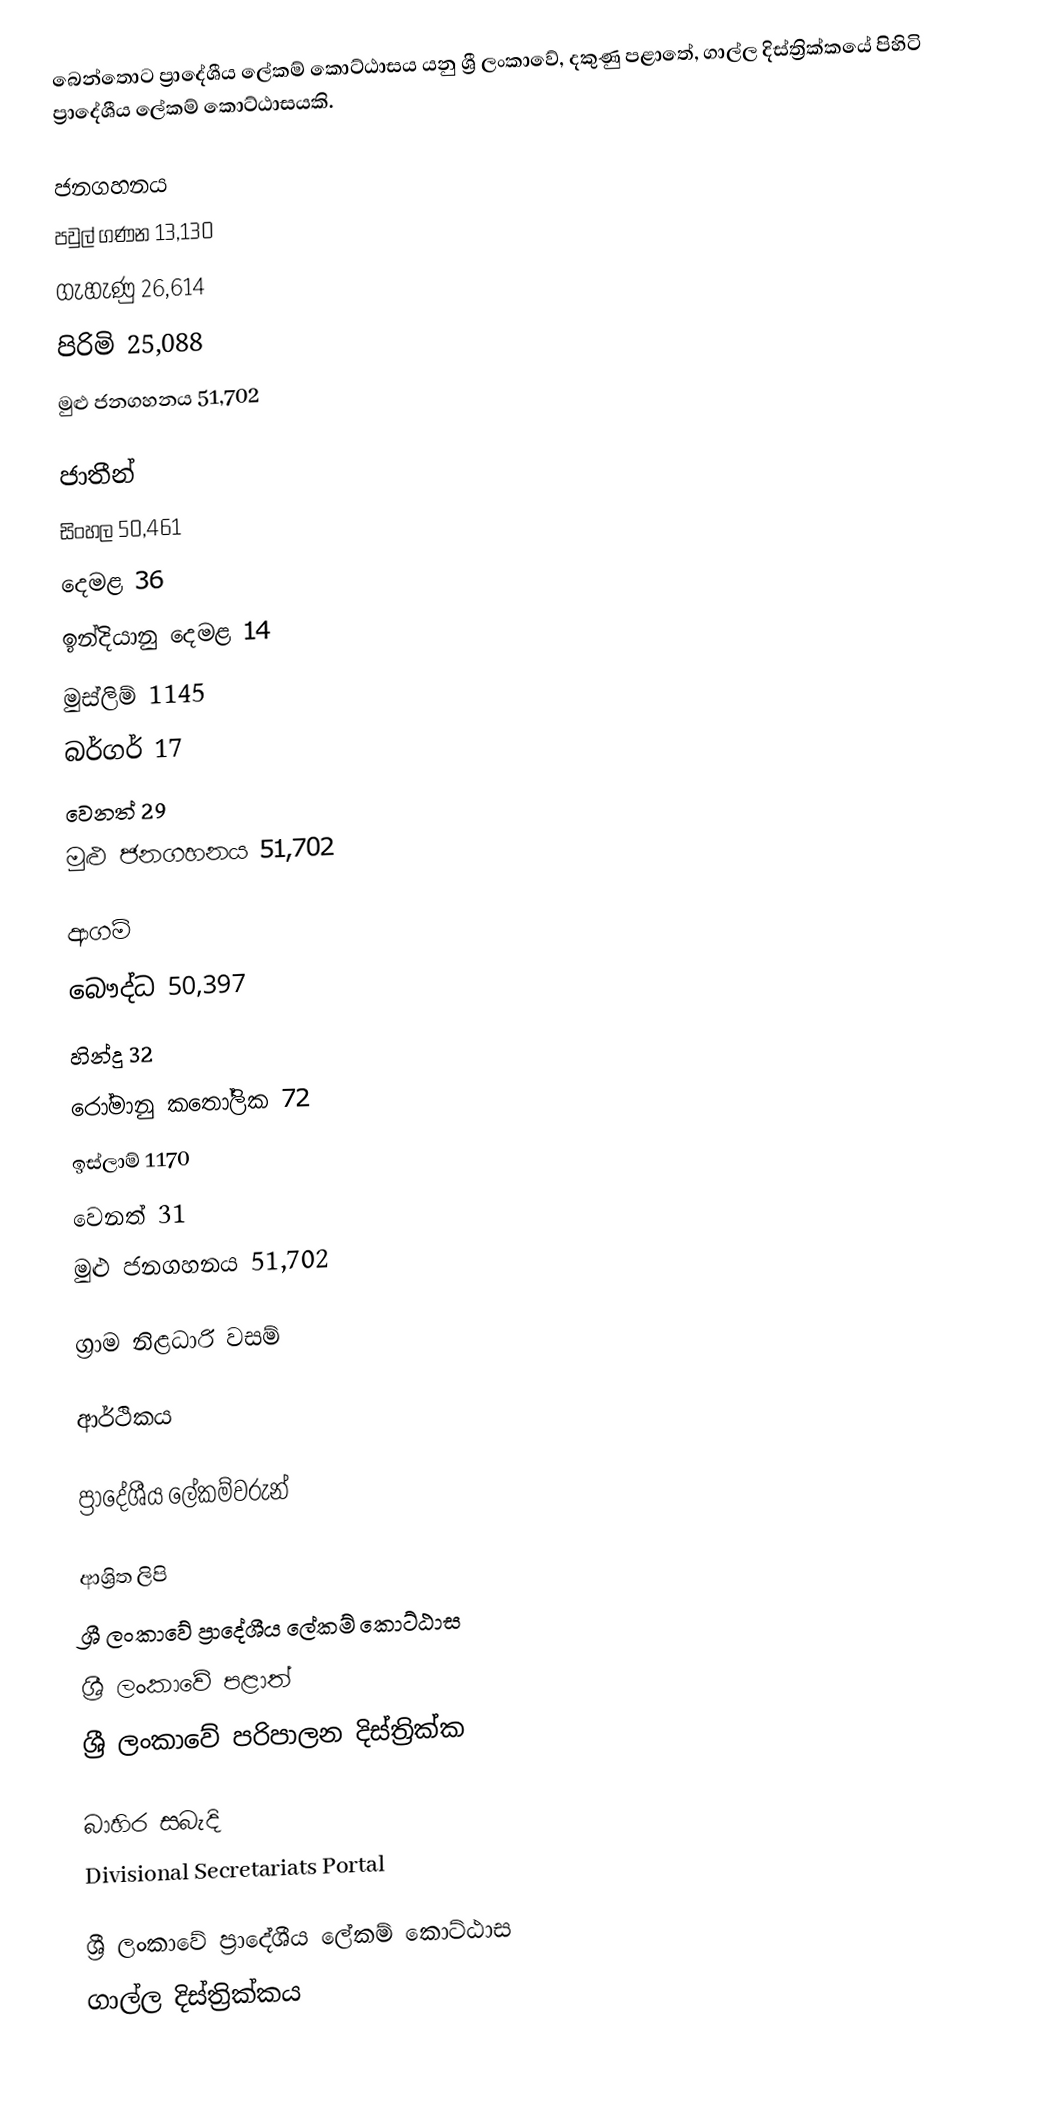
බෙන්තොට ප්‍රාදේශීය ලේකම් කොට්ඨාසය යනු ශ්‍රී ලංකාවේ, දකුණු පළාතේ, ගාල්ල දිස්ත්‍රික්කයේ පිහිටි ප්‍රාදේශීය ලේකම් කොට්ඨාසයකි.

ජනගහනය
පවුල් ගණන 13,130
ගැහැණු 26,614
පිරිමි 25,088
මුළු ජනගහනය 51,702

ජාතීන්
සිංහල 50,461
දෙමළ 36
ඉන්දියානු දෙමළ 14
මුස්ලිම් 1145
බර්ගර් 17
වෙනත් 29
මුළු ජනගහනය 51,702

ආගම්
බෞද්ධ 50,397
හින්දු 32
රෝමානු කතෝලික 72
ඉස්ලාම් 1170
වෙනත් 31
මුළු ජනගහනය 51,702

ග්‍රාම නිළධාරි වසම්

ආර්ථිකය

ප්‍රාදේශීය ලේකම්වරුන්

ආශ්‍රිත ලිපි
ශ්‍රී ලංකාවේ ප්‍රාදේශීය ලේකම් කොට්ඨාස
ශ්‍රී ලංකාවේ පළාත්
ශ්‍රී ලංකාවේ පරිපාලන දිස්ත්‍රික්ක

බාහිර සබැදි
 Divisional Secretariats Portal

ශ්‍රී ලංකාවේ ප්‍රාදේශීය ලේකම් කොට්ඨාස
ගාල්ල දිස්ත්‍රික්කය